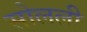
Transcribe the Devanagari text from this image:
सोलली